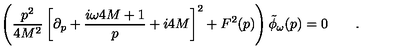
\left( { \frac { p ^ { 2 } } { 4 M ^ { 2 } } } \left[ \partial _ { p } + { \frac { i \omega 4 M + 1 } { p } } + i 4 M \right] ^ { 2 } + F ^ { 2 } ( p ) \right) \tilde { \phi } _ { \omega } ( p ) = 0 \qquad .